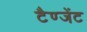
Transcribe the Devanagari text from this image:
टैण्जेंट